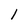
Character: 1